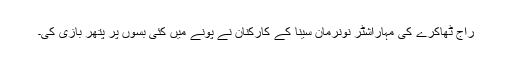
راج ٹھاکرے کی مہاراشٹر نونرمان سینا کے کارکنان نے پونے میں کئی بسوں پر پتھر بازی کی۔